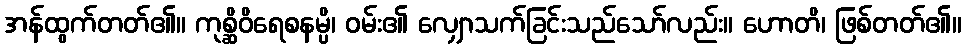
အန်ထွက်တတ်၏။ ကုစ္ဆိဝိရေစနမ္ပိ၊ ဝမ်း၏ လျှောသက်ခြင်းသည်သော်လည်း။ ဟောတိ၊ ဖြစ်တတ်၏။